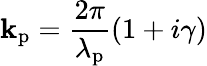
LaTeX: \mathbf{k}_{\mathrm{{p}}}=\frac{{2\pi}}{{\lambda_{\mathrm{{p}}}}}(1+i\gamma)